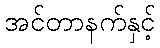
အင်တာနက်နှင့်